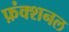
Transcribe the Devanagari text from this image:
फ़ंक्शनल